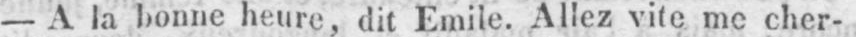
- A la bonne heure, dit Emile. Allez vite me cher-